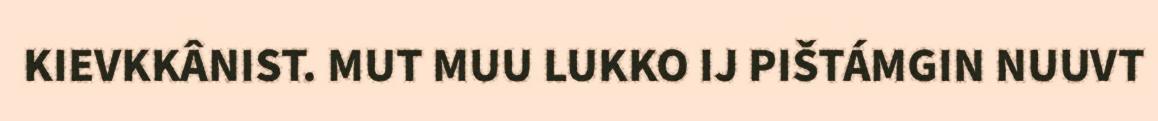
KIEVKKÂNIST. MUT MUU LUKKO IJ PIŠTÁMGIN NUUVT